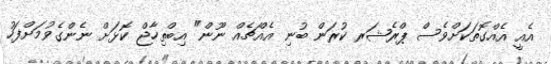
އެއީ އެއްގޮތަކަށްވެސް ޕްރެޝަރ ކުރަން ބުނި އެއްޗެއް ނޫން" އިބްތިހާޖް ކޮޅަށް ނެންގެވުމަށްފަހު